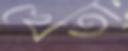
খেঁতা